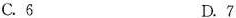
C.6 D.7